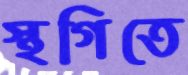
স্থগিতে